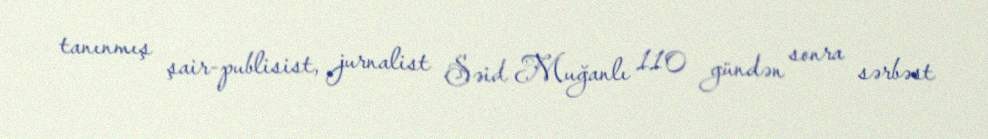
tanınmış şair-publisist, jurnalist Səid Muğanlı 110 gündən sonra sərbəst